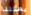
يمكننا